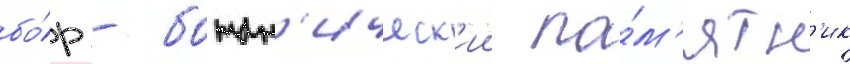
бо́р - ботан'ическ'ии па́м'ятн'ик